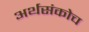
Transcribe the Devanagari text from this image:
अर्थसंकोच